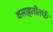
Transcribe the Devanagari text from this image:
वसाहतीतर्फे